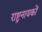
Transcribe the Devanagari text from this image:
राष्ट्रनायकों